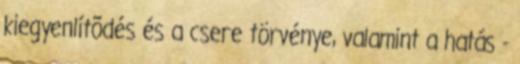
kiegyenlítõdés és a csere törvénye, valamint a hatás -